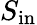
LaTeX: S_{\mathrm{in}}